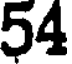
54